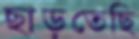
ছাড়তেছি